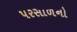
પરસાળનો